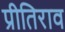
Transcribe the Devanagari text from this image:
प्रीतिराव